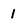
Character: 1